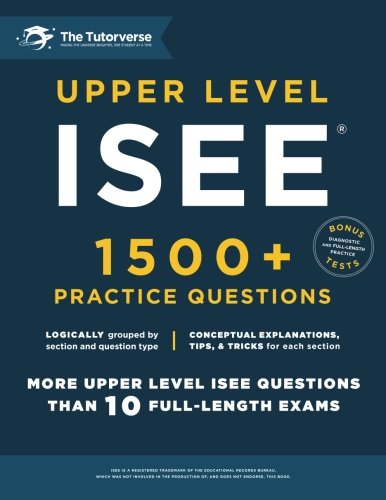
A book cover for Upper Level ISEE: 1500+ Practice Questions; The Tutorverse; Test Preparation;